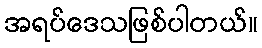
အရပ်ဒေသဖြစ်ပါတယ်။